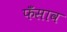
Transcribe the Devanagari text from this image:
फँसाव